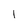
Character: l